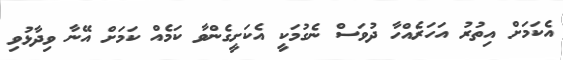
އެކަމަށް އިތުރު އަހަރެއްހާ ދުވަސް ނެގުމަކީ އެކަށީގެންވާ ކަމެއް ކަމަށް އޭނާ ވިދާޅުވި